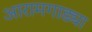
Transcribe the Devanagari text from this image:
आरामगाड्या